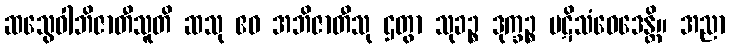
ဆသွေဝါဘိဇာတီသူတိ ဆသု ဧဝ အဘိဇာတီသု ဌတွာ သုခဉ္စ ဒုက္ခဉ္စ ပဋိသံဝေဒေန္တိ။ အညာ